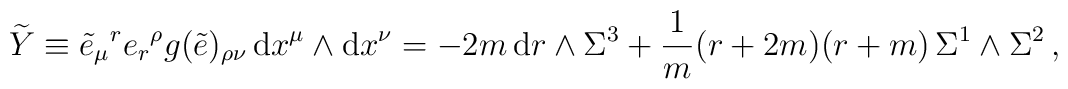
\widetilde Y \equiv \tilde e_\mu{}^r e_r{}^\rho g(\tilde e)_{\rho \nu}\,{\rm d}x^\mu\wedge {\rm d}x^\nu= -2m\,{\rm d}r\wedge\Sigma^3 +\frac{1}{m}(r+2m)(r+m)\,\Sigma^1\wedge\Sigma^2\, ,